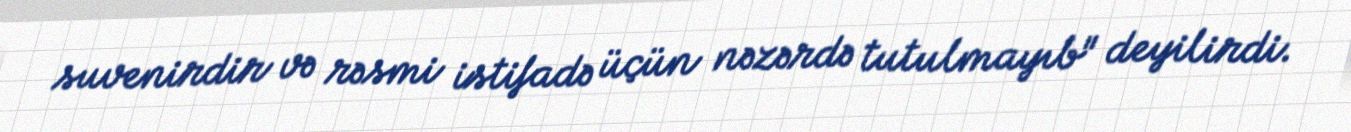
suvenirdir və rəsmi istifadə üçün nəzərdə tutulmayıb" deyilirdi.